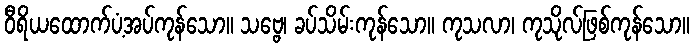
ဝီရိယထောက်ပံ့အပ်ကုန်သော။ သဗ္ဗေ၊ ခပ်သိမ်းကုန်သော။ ကုသလာ၊ ကုသိုလ်ဖြစ်ကုန်သော။